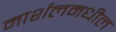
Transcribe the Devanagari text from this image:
मार्शलमधील